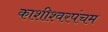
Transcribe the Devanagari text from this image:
काशीश्वरपंचम